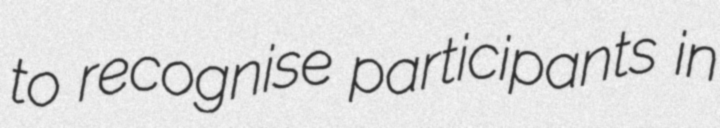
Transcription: to recognise participants in